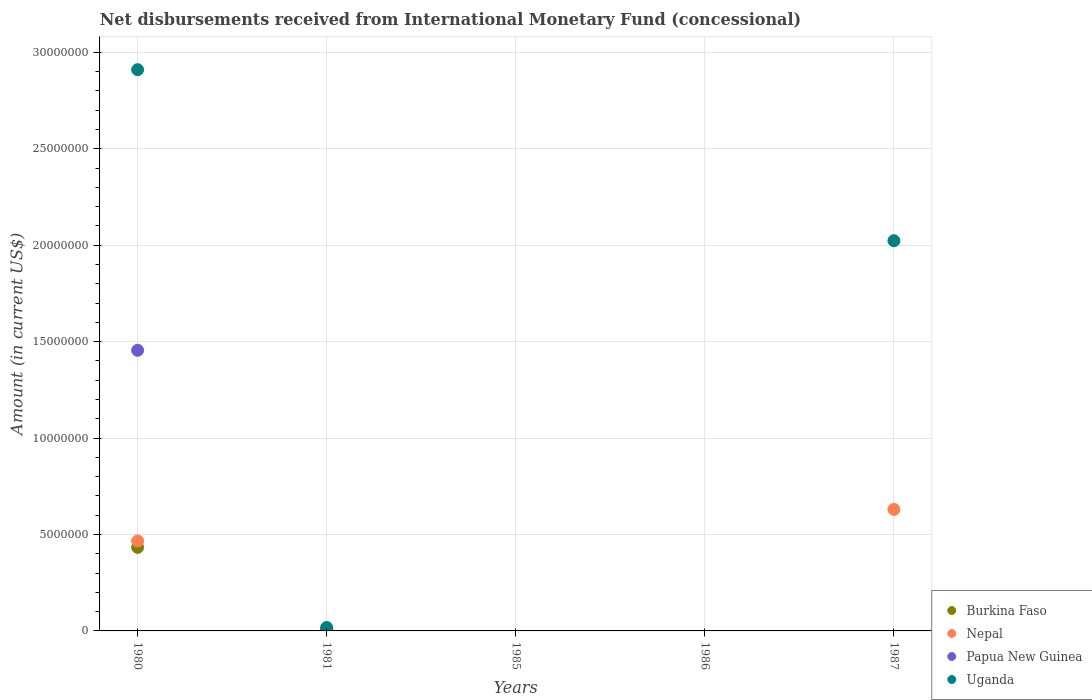
| Years | Burkina Faso | Nepal | Papua New Guinea | Uganda |
 | --- | --- | --- | --- | --- |
 | 1980 | 4.33e+06 | 4.66e+06 | 1.46e+07 | 2.91e+07 |
 | 1981 | 5.8e+04 | 6.3e+04 | 9e+04 | 1.78e+05 |
 | 1985 | -1.71e+06 | -2.34e+06 | -1.68e+06 | -2.08e+06 |
 | 1986 | -2.97e+06 | -3.2e+06 | -4.57e+06 | -5.25e+06 |
 | 1987 | -3.31e+06 | 6.3e+06 | -5.1e+06 | 2.02e+07 |